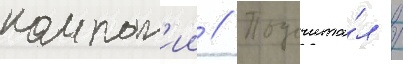
компан'ии // Подсчита́л /